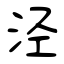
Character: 泾